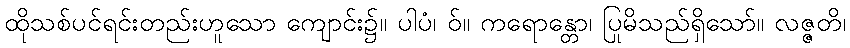
ထိုသစ်ပင်ရင်းတည်းဟူသော ကျောင်း၌။ ပါပံ၊ ဝ်။ ကရောန္တော၊ ပြုမိသည်ရှိသော်။ လဇ္ဇတိ၊